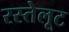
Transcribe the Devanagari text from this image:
रस्तेलूट